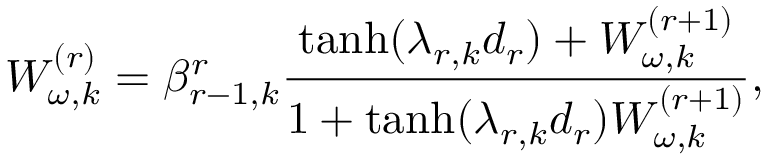
{ \cal W } _ { \omega , k } ^ { ( r ) } = \beta _ { r - 1 , k } ^ { r } \frac { \operatorname { t a n h } ( \lambda _ { r , k } d _ { r } ) + { \cal W } _ { \omega , k } ^ { ( r + 1 ) } } { 1 + \operatorname { t a n h } ( \lambda _ { r , k } d _ { r } ) { \cal W } _ { \omega , k } ^ { ( r + 1 ) } } ,